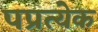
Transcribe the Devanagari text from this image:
पप्रत्येक